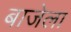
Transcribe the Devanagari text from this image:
बाजेला